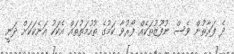
ދެ ފަރާތުން ވެސް ނުފޫޒުތަކެއް ފޯރުވާ ކަމުގެ ތުހުމަތުތައް އެކަކު އަނެކަކަށް ދަނީ